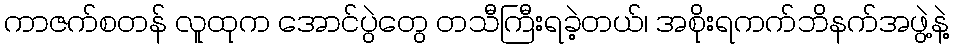
ကာဇက်စတန် လူထုက အောင်ပွဲတွေ တသီကြီးရခဲ့တယ်၊ အစိုးရကက်ဘိနက်အဖွဲ့နဲ့